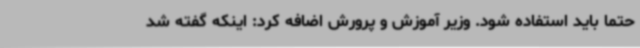
حتما باید استفاده شود. وزیر آموزش و پرورش اضافه کرد: اینکه گفته شد